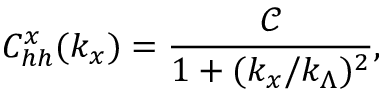
C _ { h h } ^ { x } ( k _ { x } ) = \frac { \mathcal { C } } { 1 + ( k _ { x } / k _ { \Lambda } ) ^ { 2 } } ,